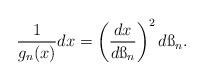
LaTeX: \begin{align*} \frac{1}{g_n(x)}dx=\left(\frac{dx}{d\ss_n} \right)^2d\ss_n. \end{align*}